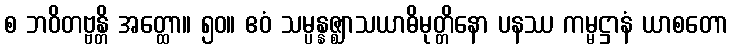
စ ဘဝိတဗ္ဗန္တိ အတ္ထော။ ၅၀။ ဧဝံ သမ္ပန္နဇ္ဈာသယာဓိမုတ္တိနော ပနဿ ကမ္မဋ္ဌာနံ ယာစတော